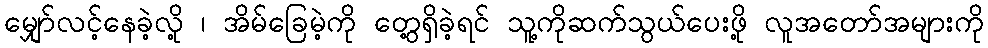
မျှော်လင့်နေခဲ့လို့ ၊ အိမ်ခြေမဲ့ကို တွေ့ရှိခဲ့ရင် သူ့ကိုဆက်သွယ်ပေးဖို့ လူအတော်အများကို